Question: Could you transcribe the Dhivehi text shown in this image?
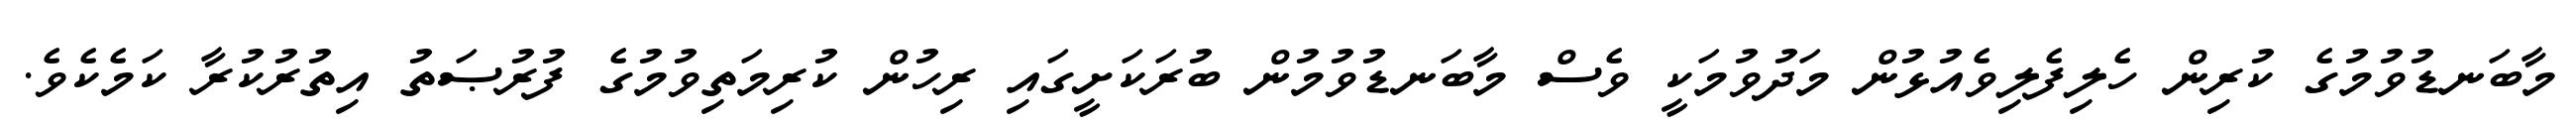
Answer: މާބަނޑުވުމުގެ ކުރިން ހެލިފެލިވެއުޅުން މަދުވުމަކީ ވެސް މާބަނޑުވުމުން ބުރަކަށީގައި ރިހުން ކުރިމަތިވުމުގެ ފުރުޞަތު އިތުރުކުރާ ކަމެކެވެ.